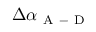
\Delta \alpha _ { \mathrm { ~ A ~ - ~ D ~ } }